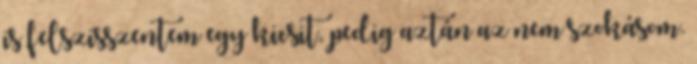
is felszisszentem egy kicsit, pedig aztán az nem szokásom.